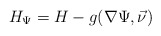
\begin{align*}H_{\Psi} = H - g(\nabla \Psi, \vec\nu)\end{align*}